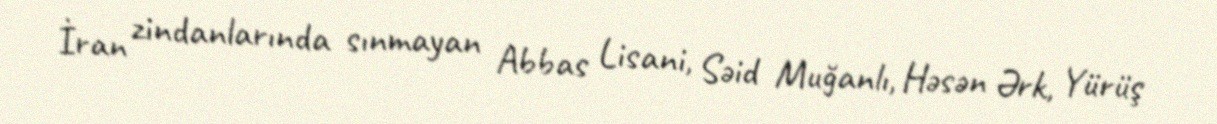
İran zindanlarında sınmayan Abbas Lisani, Səid Muğanlı, Həsən Ərk, Yürüş